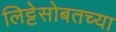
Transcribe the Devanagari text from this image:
लिट्टेसोबतच्या